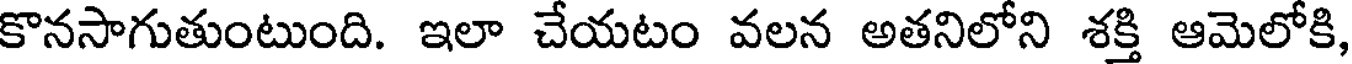
కొనసాగుతుంటుంది. ఇలా చేయటం వలన అతనిలోని శక్తి ఆమెలోకి